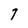
Character: 7